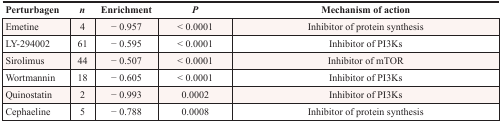
| Perturbagen | n | Enrichment | P | Mechanism of action |
 | --- | --- | --- | --- | --- |
 | Emetine | 4 | − 0.957 | < 0.0001 | Inhibitor of protein synthesis |
 | LY-294002 | 61 | − 0.595 | < 0.0001 | Inhibitor of PI3Ks |
 | Sirolimus | 44 | − 0.507 | < 0.0001 | Inhibitor of mTOR |
 | Wortmannin | 18 | − 0.605 | < 0.0001 | Inhibitor of PI3Ks |
 | Quinostatin | 2 | − 0.993 | 0.0002 | Inhibitor of PI3Ks |
 | Cephaeline | 5 | − 0.788 | 0.0008 | Inhibitor of protein synthesis |